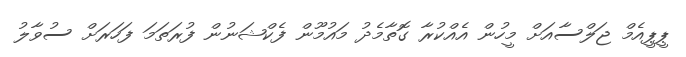
ޕީޕީއެމް ޖަލްސާއަށް މީހުން އެއްކުރާ ގޮތާމެދު މައުމޫން ފެކްޝަނުން ފުރަތަމަ ފަހަރަށް ސުވާލު